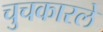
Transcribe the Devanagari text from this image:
चुचकारले